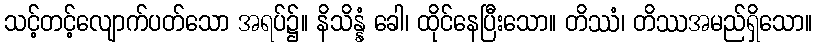
သင့်တင့်လျောက်ပတ်သော အရပ်၌။ နိသိန္နံ ခေါ၊ ထိုင်နေပြီးသော။ တိဿံ၊ တိဿအမည်ရှိသော။